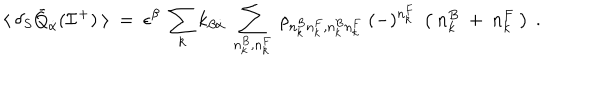
\langle ~ \delta _ { S } { \bar { Q } } _ { \dot { \alpha } } ( { \cal I } ^ { + } ) ~ \rangle ~ = ~ \epsilon ^ { \beta } ~ \sum _ { k } k _ { \beta { \dot { \alpha } } } ~ \sum _ { n _ { k } ^ { B } , n _ { k } ^ { F } } ~ \rho _ { n _ { k } ^ { B } n _ { k } ^ { F } , n _ { k } ^ { B } n _ { k } ^ { F } } ~ ( - ) ^ { n _ { k } ^ { F } } ~ \left( ~ n _ { k } ^ { B } ~ + ~ n _ { k } ^ { F } ~ \right) ~ .